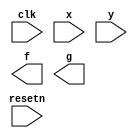
module top_module (
    input clk,
    input resetn,    // active-low synchronous reset
    input x,
    input y,
    output f,
    output g
); 

endmodule